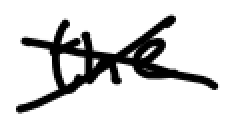
Text: the
Cross-out: cross
Writing tool: digital_black